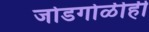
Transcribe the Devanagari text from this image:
जोडगोळीही